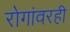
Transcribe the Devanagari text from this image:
रोगांवरही